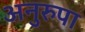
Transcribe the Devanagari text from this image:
अनुरुपा